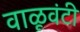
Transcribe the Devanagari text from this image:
वाळूवंटी